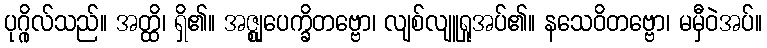
ပုဂ္ဂိုလ်သည်။ အတ္ထိ၊ ရှိ၏။ အဇ္ဈုပေက္ခိတဗ္ဗော၊ လျစ်လျူရှုအပ်၏။ နသေဝိတဗ္ဗော၊ မမှီဝဲအပ်။